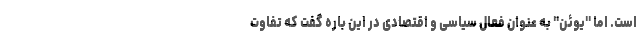
است. اما "یوئن" به عنوان فعال سیاسی و اقتصادی در این باره گفت که تفاوت